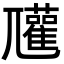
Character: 𡰞